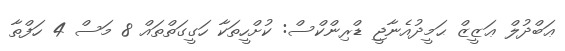
ޢަބްދުލް ޢަޒީޒް ޙަމީދުއެނާޖީ ޑްރިންކްސް: ކުށްހީތަކާ ހަގީގަތްތައް 8 މަސް 4 ހަފްތާ